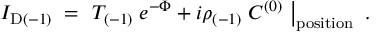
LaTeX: I _ { \mathrm { D } ( - 1 ) } \; = \; \left. T _ { ( - 1 ) } \; e ^ { - \Phi } + i \rho _ { ( - 1 ) } \; C ^ { ( 0 ) } \ \right| _ { \mathrm { p o s i t i o n } } \ .